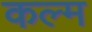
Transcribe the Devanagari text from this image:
कल्म